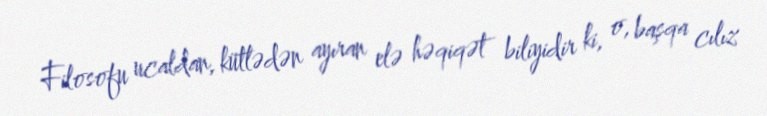
Filosofu ucaldan, kütlədən ayıran elə həqiqət biliyidir ki, o, başqa cılız